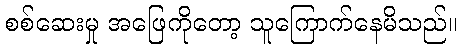
စစ်ဆေးမှု အဖြေကိုတော့ သူကြောက်နေမိသည်။